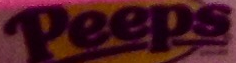
Peeps